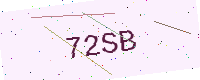
Text: 72SB